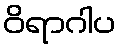
ဝိရာဂါပ